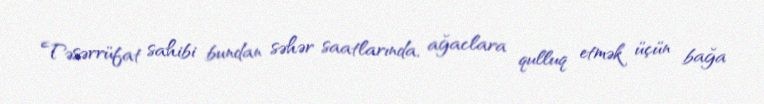
Təsərrüfat sahibi bundan səhər saatlarında, ağaclara qulluq etmək üçün bağa